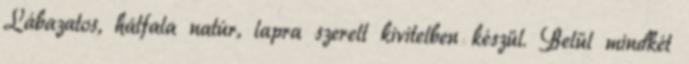
Lábazatos, hátfala natúr, lapra szerelt kivitelben készül. Belül mindkét